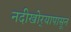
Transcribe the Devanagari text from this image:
नदीखोर्‍यापासून